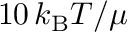
1 0 \, k _ { \mathrm { B } } T / \mu